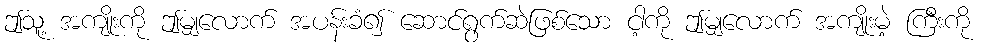
ဤသူ့ အကျိုးကို ဤမျှလောက် အပန်းခံ၍ ဆောင်ရွက်ဆဲဖြစ်သော ငါ့ကို ဤမျှလောက် အကျိုးမဲ့ ကြီးကို